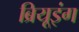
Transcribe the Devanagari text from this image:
ब्रियूइंग